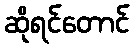
ဆိုရင်တောင်